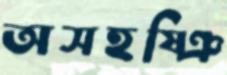
অসহষ্ঞি